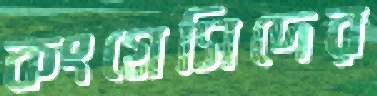
কংগ্রেসিদের